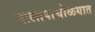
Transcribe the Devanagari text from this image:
पालापाचोळयात